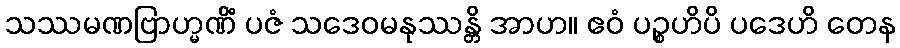
သဿမဏဗြာဟ္မဏိံ ပဇံ သဒေဝမနုဿန္တိ အာဟ။ ဧဝံ ပဉ္စဟိပိ ပဒေဟိ တေန